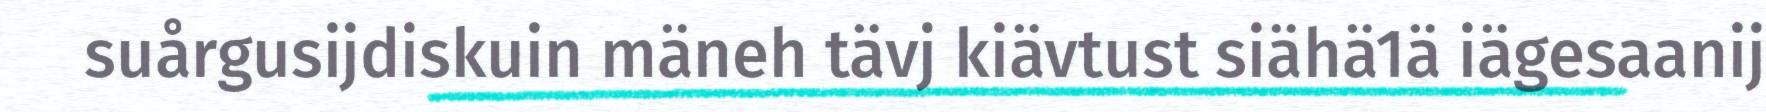
suårgusijdiskuin mäneh tävj kiävtust siähä1ä iägesaanij